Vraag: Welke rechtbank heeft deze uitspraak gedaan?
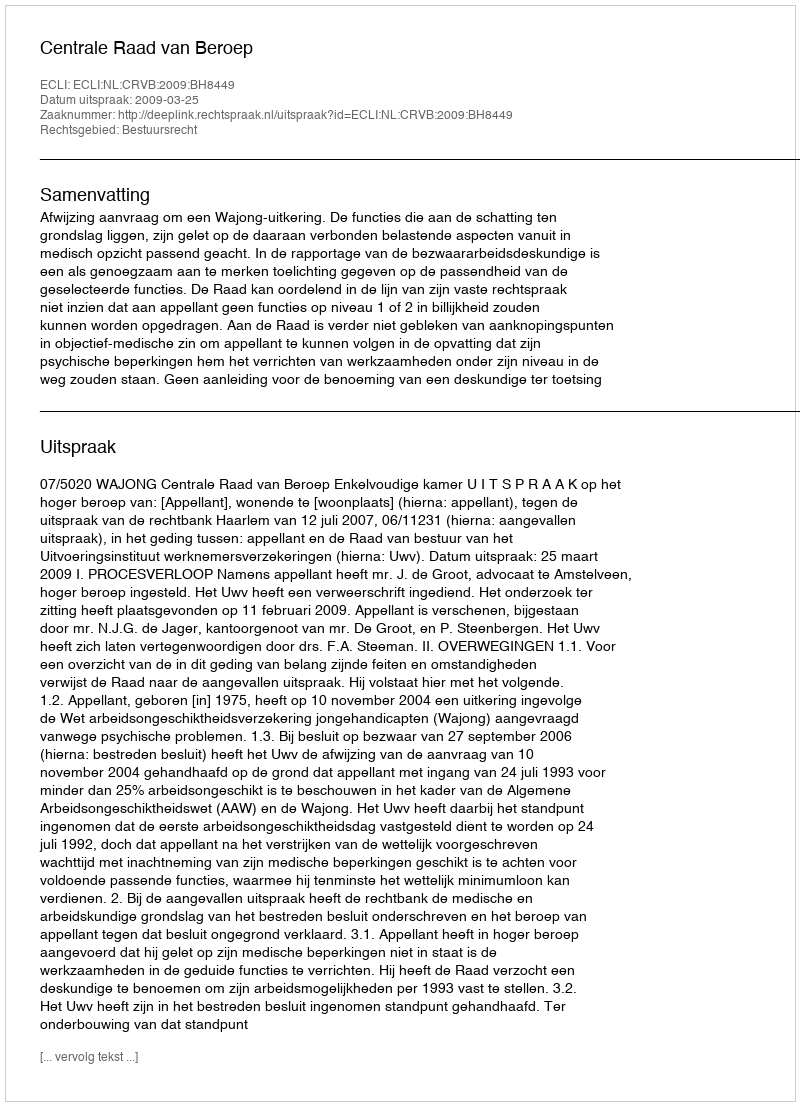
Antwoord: Centrale Raad van Beroep